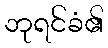
ဘုရင်ခံ၏